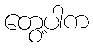
တွေ့ပါက